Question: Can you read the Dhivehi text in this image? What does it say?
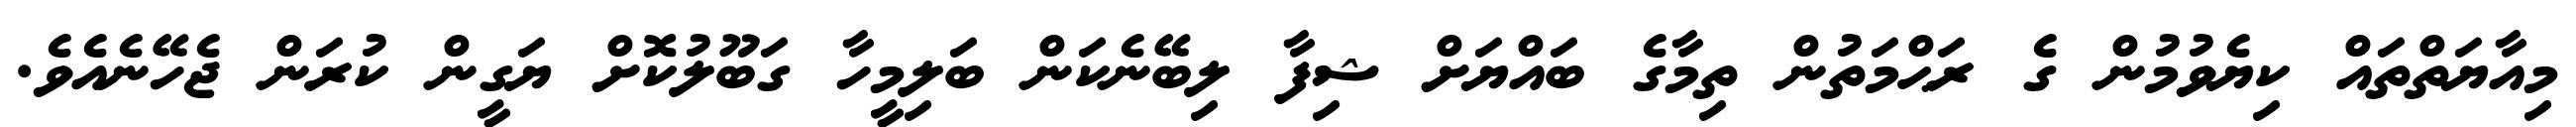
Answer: މިއާޔަތްތައް ކިޔެވުމުން ގެ ރަޙްމަތުން ތިމާގެ ބައްޔަށް ޝިފާ ލިބޭނެކަން ބަލިމީހާ ގަބޫލުކޮށް ޔަގީން ކުރަން ޖެހޭނެއެވެ.